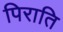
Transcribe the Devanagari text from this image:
पिराति